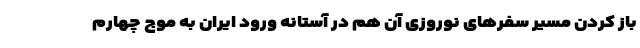
باز کردن مسیر سفرهای نوروزی آن هم در آستانه ورود ایران به موج چهارم